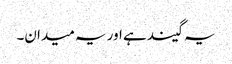
یہ گیند ہے اور یہ میدان۔